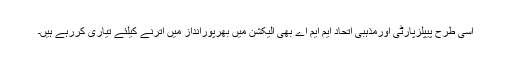
اسی طرح پیپلزپارٹی اورمذہبی اتحاد ایم ایم اے بھی الیکشن میں بھرپورانداز میں اترنے کیلئے تیاری کررہے ہیں۔